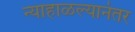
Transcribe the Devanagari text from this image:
न्याहाळल्यानंतर